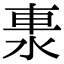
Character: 𨋈